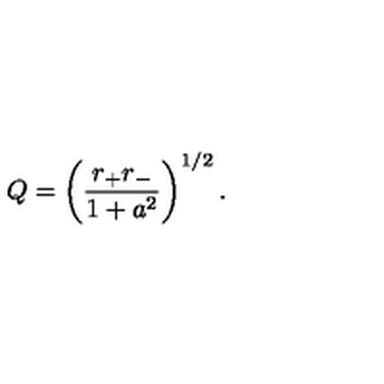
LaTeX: Q = \left( { \frac { r _ { + } r _ { - } } { 1 + a ^ { 2 } } } \right) ^ { 1 / 2 } .